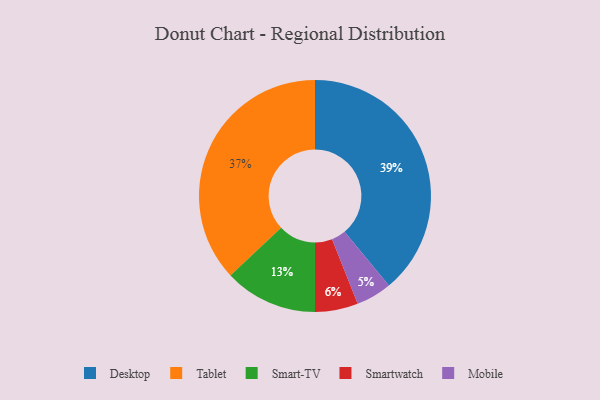
{"axis": {"x": "Category", "y": "Percentage"}, "legend": ["Desktop", "Mobile", "Smart-TV", "Smartwatch", "Tablet"], "data": [{"x": "Smartwatch", "y": 6, "type": "Smartwatch"}, {"x": "Tablet", "y": 37, "type": "Tablet"}, {"x": "Desktop", "y": 39, "type": "Desktop"}, {"x": "Mobile", "y": 5, "type": "Mobile"}, {"x": "Smart-TV", "y": 13, "type": "Smart-TV"}]}